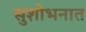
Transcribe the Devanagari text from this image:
सुशोभनात